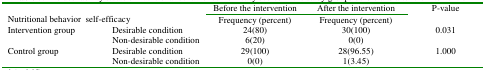
| <ROWSPAN=2-COLSPAN=2> Nutritional behavior self-efficacy | Before the intervention | After the intervention | <ROWSPAN=2> P-value |
 | Frequency (percent) | Frequency (percent) |
 | --- | --- | --- | --- | --- |
 | <ROWSPAN=2> Intervention group | Desirable condition | 24(80) | 30(100) | <ROWSPAN=2> 0.031 |
 | Non-desirable condition | 6(20) | 0(0) |
 | <ROWSPAN=2> Control group | Desirable condition | 29(100) | 28(96.55) | <ROWSPAN=2> 1.000 |
 | Non-desirable condition | 0(0) | 1(3.45) |